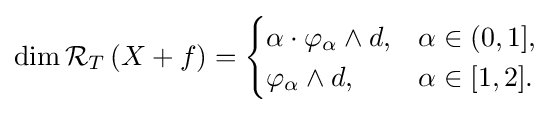
\dim {\mathcal {R}}_{T}\left(X+f\right)={\begin{cases}\alpha \cdot \varphi _{\alpha }\wedge d,&\alpha \in (0,1],\\\varphi _{\alpha }\wedge d,&\alpha \in [1,2].\end{cases}}